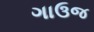
ગાઉજ